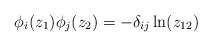
\begin{align*}\phi_i (z_1)\phi_j (z_2) = -\delta_{ij} \ln (z_{12})\end{align*}